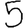
Digit: 5